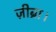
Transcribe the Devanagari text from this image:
ज़ीब्रा।